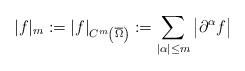
LaTeX: \begin{align*}|f|_m:=|f|_{C^m\left(\overline{\Omega}\right) }:=\sum_{|\alpha|\leq m}{\big |}\partial^{\alpha}f{\big |}\end{align*}